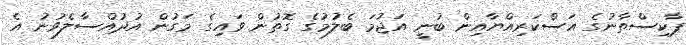
ޕާކިސްތާނުގެ އަސްކަރިއްޔާއިން ބުނީ އަޖުމަ ބެލުމުގެ ގޮތުން ވައިގެ މަގުން އުދުއްސާލެވުނު އެ